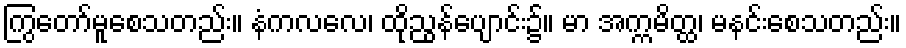
ကြွတော်မူစေသတည်း။ နံကလလေ၊ ထိုညွန်ပျောင်း၌။ မာ အက္ကမိတ္ထ၊ မနင်းစေသတည်း။